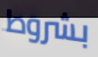
بشروط